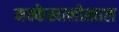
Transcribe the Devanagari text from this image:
मक्केखालोखाल